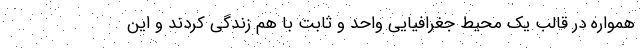
همواره در قالب يك محيط جغرافيايي واحد و ثابت با هم زندگي كردند و اين